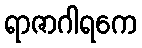
ရာဇာဂါရကေ